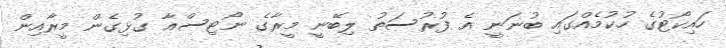
ހައިކޯޓުގެ ހުކުމެއްގައި ބުނަނީ އެ ފުރުސަތު ލިބޭނީ މީރާގެ ނޯޓިސްއާ ގުޅިގެން މީރާއިން